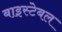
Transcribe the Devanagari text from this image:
बाइस्टेबल